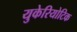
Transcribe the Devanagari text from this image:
युकेरियोटिक